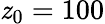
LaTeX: \mathit{z}_{0}=100